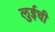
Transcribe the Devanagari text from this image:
लुईची